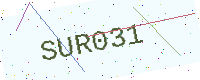
Text: SUR031